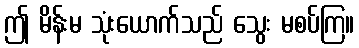
ဤ မိန်းမ သုံးယောက်သည် သွေး မစပ်ကြ။